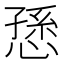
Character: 愻